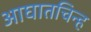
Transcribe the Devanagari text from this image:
आघातचिन्ह